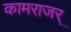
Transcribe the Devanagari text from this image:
कामराजर्